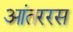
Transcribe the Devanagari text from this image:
आंतररस